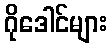
ဂိုဒေါင်များ